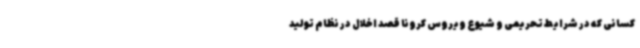
کسانی که در شرایط تحریمی و شیوع ویروس کرونا قصد اخلال در نظام تولید